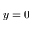
y = 0